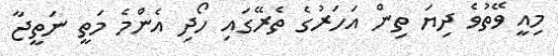
މިއީ ވޭތުވެ ދިޔަ ތިން އަހަރުގެ ތެރޭގައި ހޯދި އެންމެ މަތީ ނަތީޖާ